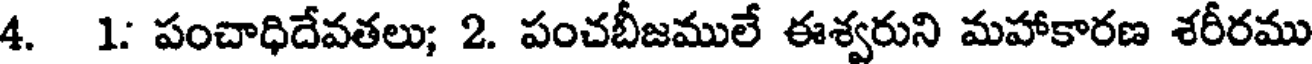
4. 1: పంచాధిదేవతలు; 2. పంచబీజములే ఈశ్వరుని మహాకారణ శరీరము